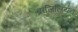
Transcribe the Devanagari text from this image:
ब्राज़िलियन